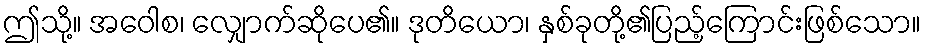
ဤသို့။ အဝေါစ၊ လျှောက်ဆိုပေ၏။ ဒုတိယော၊ နှစ်ခုတို့၏ပြည့်ကြောင်းဖြစ်သော။